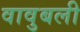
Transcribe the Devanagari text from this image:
वावुबली